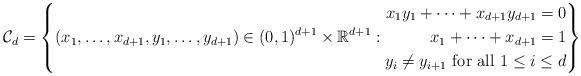
LaTeX: \begin{align*}\mathcal{C}_d=\left\{(x_1,\dots,x_{d+1},y_1,\dots,y_{d+1}) \in (0,1)^{d+1} \times \mathbb{R}^{d+1}:\begin{aligned}x_1 y_1 + \cdots + x_{d+1} y_{d+1} = 0\\x_1 + \cdots + x_{d+1} = 1\\y_i \ne y_{i+1} \textrm{ for all } 1 \le i \le d\end{aligned}\right\}\end{align*}